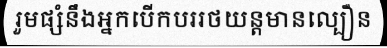
រួមផ្សំនឹងអ្នកបើកបររថយន្តមានល្បឿន